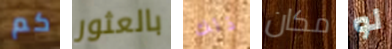
كم بالعثور ذلك مكان لو